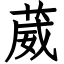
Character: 葳